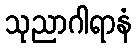
သုညာဂါရာနံ